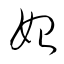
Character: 始